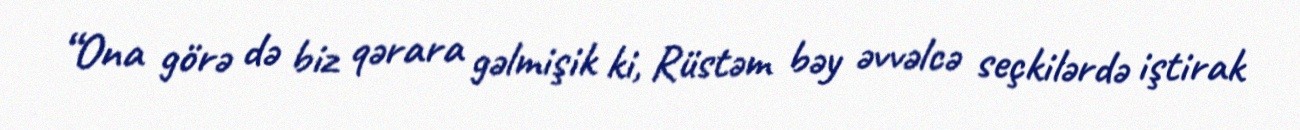
“Ona görə də biz qərara gəlmişik ki, Rüstəm bəy əvvəlcə seçkilərdə iştirak